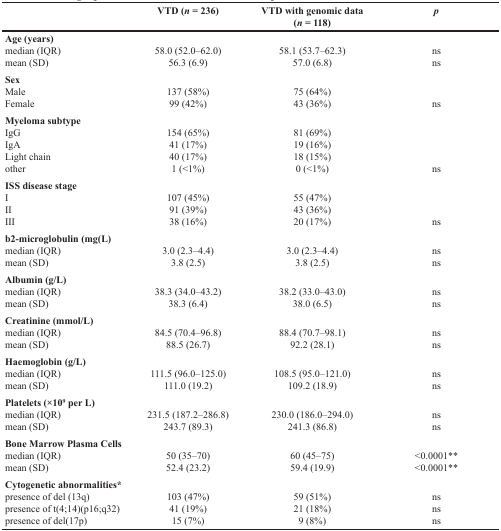
<table><thead><tr><td></td><td><b>VTD (<i>n</i> = 236)</b></td><td><b>VTD with genomic data (<i>n</i> = 118)</b></td><td><b><i>p</i></b></td></tr></thead><tbody><tr><td><b>Age (years)</b>median (IQR)mean (SD)</td><td>58.0 (52.0–62.0)56.3 (6.9)</td><td>58.1 (53.7–62.3)57.0 (6.8)</td><td>nsns</td></tr><tr><td><b>Sex</b>MaleFemale</td><td>137 (58%)99 (42%)</td><td>75 (64%)43 (36%)</td><td>ns</td></tr><tr><td><b>Myeloma subtype</b>IgGIgALight chainother</td><td>154 (65%)41 (17%)40 (17%)1 (&lt;1%)</td><td>81 (69%)19 (16%)18 (15%)0 (&lt;1%)</td><td>ns</td></tr><tr><td><b>ISS disease stage</b>IIIIII</td><td>107 (45%)91 (39%)38 (16%)</td><td>55 (47%)43 (36%)20 (17%)</td><td>ns</td></tr><tr><td><b>b2-microglobulin (mg(L)</b>median (IQR)mean (SD)</td><td>3.0 (2.3–4.4)3.8 (2.5)</td><td>3.0 (2.3–4.4)3.8 (2.5)</td><td>nsns</td></tr><tr><td><b>Albumin (g/L)</b>median (IQR)mean (SD)</td><td>38.3 (34.0–43.2)38.3 (6.4)</td><td>38.2 (33.0–43.0)38.0 (6.5)</td><td>nsns</td></tr><tr><td><b>Creatinine (mmol/L)</b>median (IQR)mean (SD)</td><td>84.5 (70.4–96.8)88.5 (26.7)</td><td>88.4 (70.7–98.1)92.2 (28.1)</td><td>nsns</td></tr><tr><td><b>Haemoglobin (g/L)</b>median (IQR)mean (SD)</td><td>111.5 (96.0–125.0)111.0 (19.2)</td><td>108.5 (95.0–121.0)109.2 (18.9)</td><td>nsns</td></tr><tr><td><b>Platelets (×10<sup>9</sup> per L)</b>median (IQR)mean (SD)</td><td>231.5 (187.2–286.8)243.7 (89.3)</td><td>230.0 (186.0–294.0)241.3 (86.8)</td><td>nsns</td></tr><tr><td><b>Bone Marrow Plasma Cells</b>median (IQR)mean (SD)</td><td>50 (35–70)52.4 (23.2)</td><td>60 (45–75)59.4 (19.9)</td><td>&lt;0.0001**&lt;0.0001**</td></tr><tr><td><b>Cytogenetic abnormalities</b>*presence of del (13q)presence of t(4;14)(p16;q32)presence of del(17p)</td><td>103 (47%)41 (19%)15 (7%)</td><td>59 (51%)21 (18%)9 (8%)</td><td>nsnsns</td></tr></tbody></table>